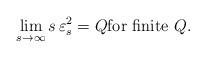
LaTeX: \begin{align*} \lim_{s \rightarrow \infty } s\, \varepsilon_s^2 = Q\textrm{for finite } Q.\end{align*}